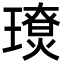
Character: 𤪃